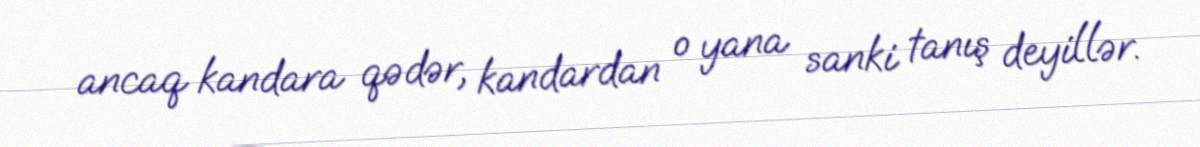
ancaq kandara qədər, kandardan o yana sanki tanış deyillər.